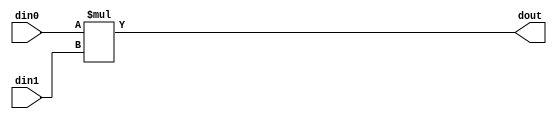
// ==============================================================
// Vitis HLS - High-Level Synthesis from C, C++ and OpenCL v2020.3 (64-bit)
// Copyright 1986-2021 Xilinx, Inc. All Rights Reserved.
// ==============================================================

`timescale 1 ns / 1 ps

module inPlaceNTT_DIT_mul_57ns_4ns_61_1_1(din0, din1, dout);
parameter ID = 1;
parameter NUM_STAGE = 0;
parameter din0_WIDTH = 57;
parameter din1_WIDTH = 4;
parameter dout_WIDTH = 61;
input [din0_WIDTH - 1 : 0] din0; 
input [din1_WIDTH - 1 : 0] din1; 
output [dout_WIDTH - 1 : 0] dout;

assign dout = $signed({1'b0, din0}) * $signed({1'b0, din1});
endmodule